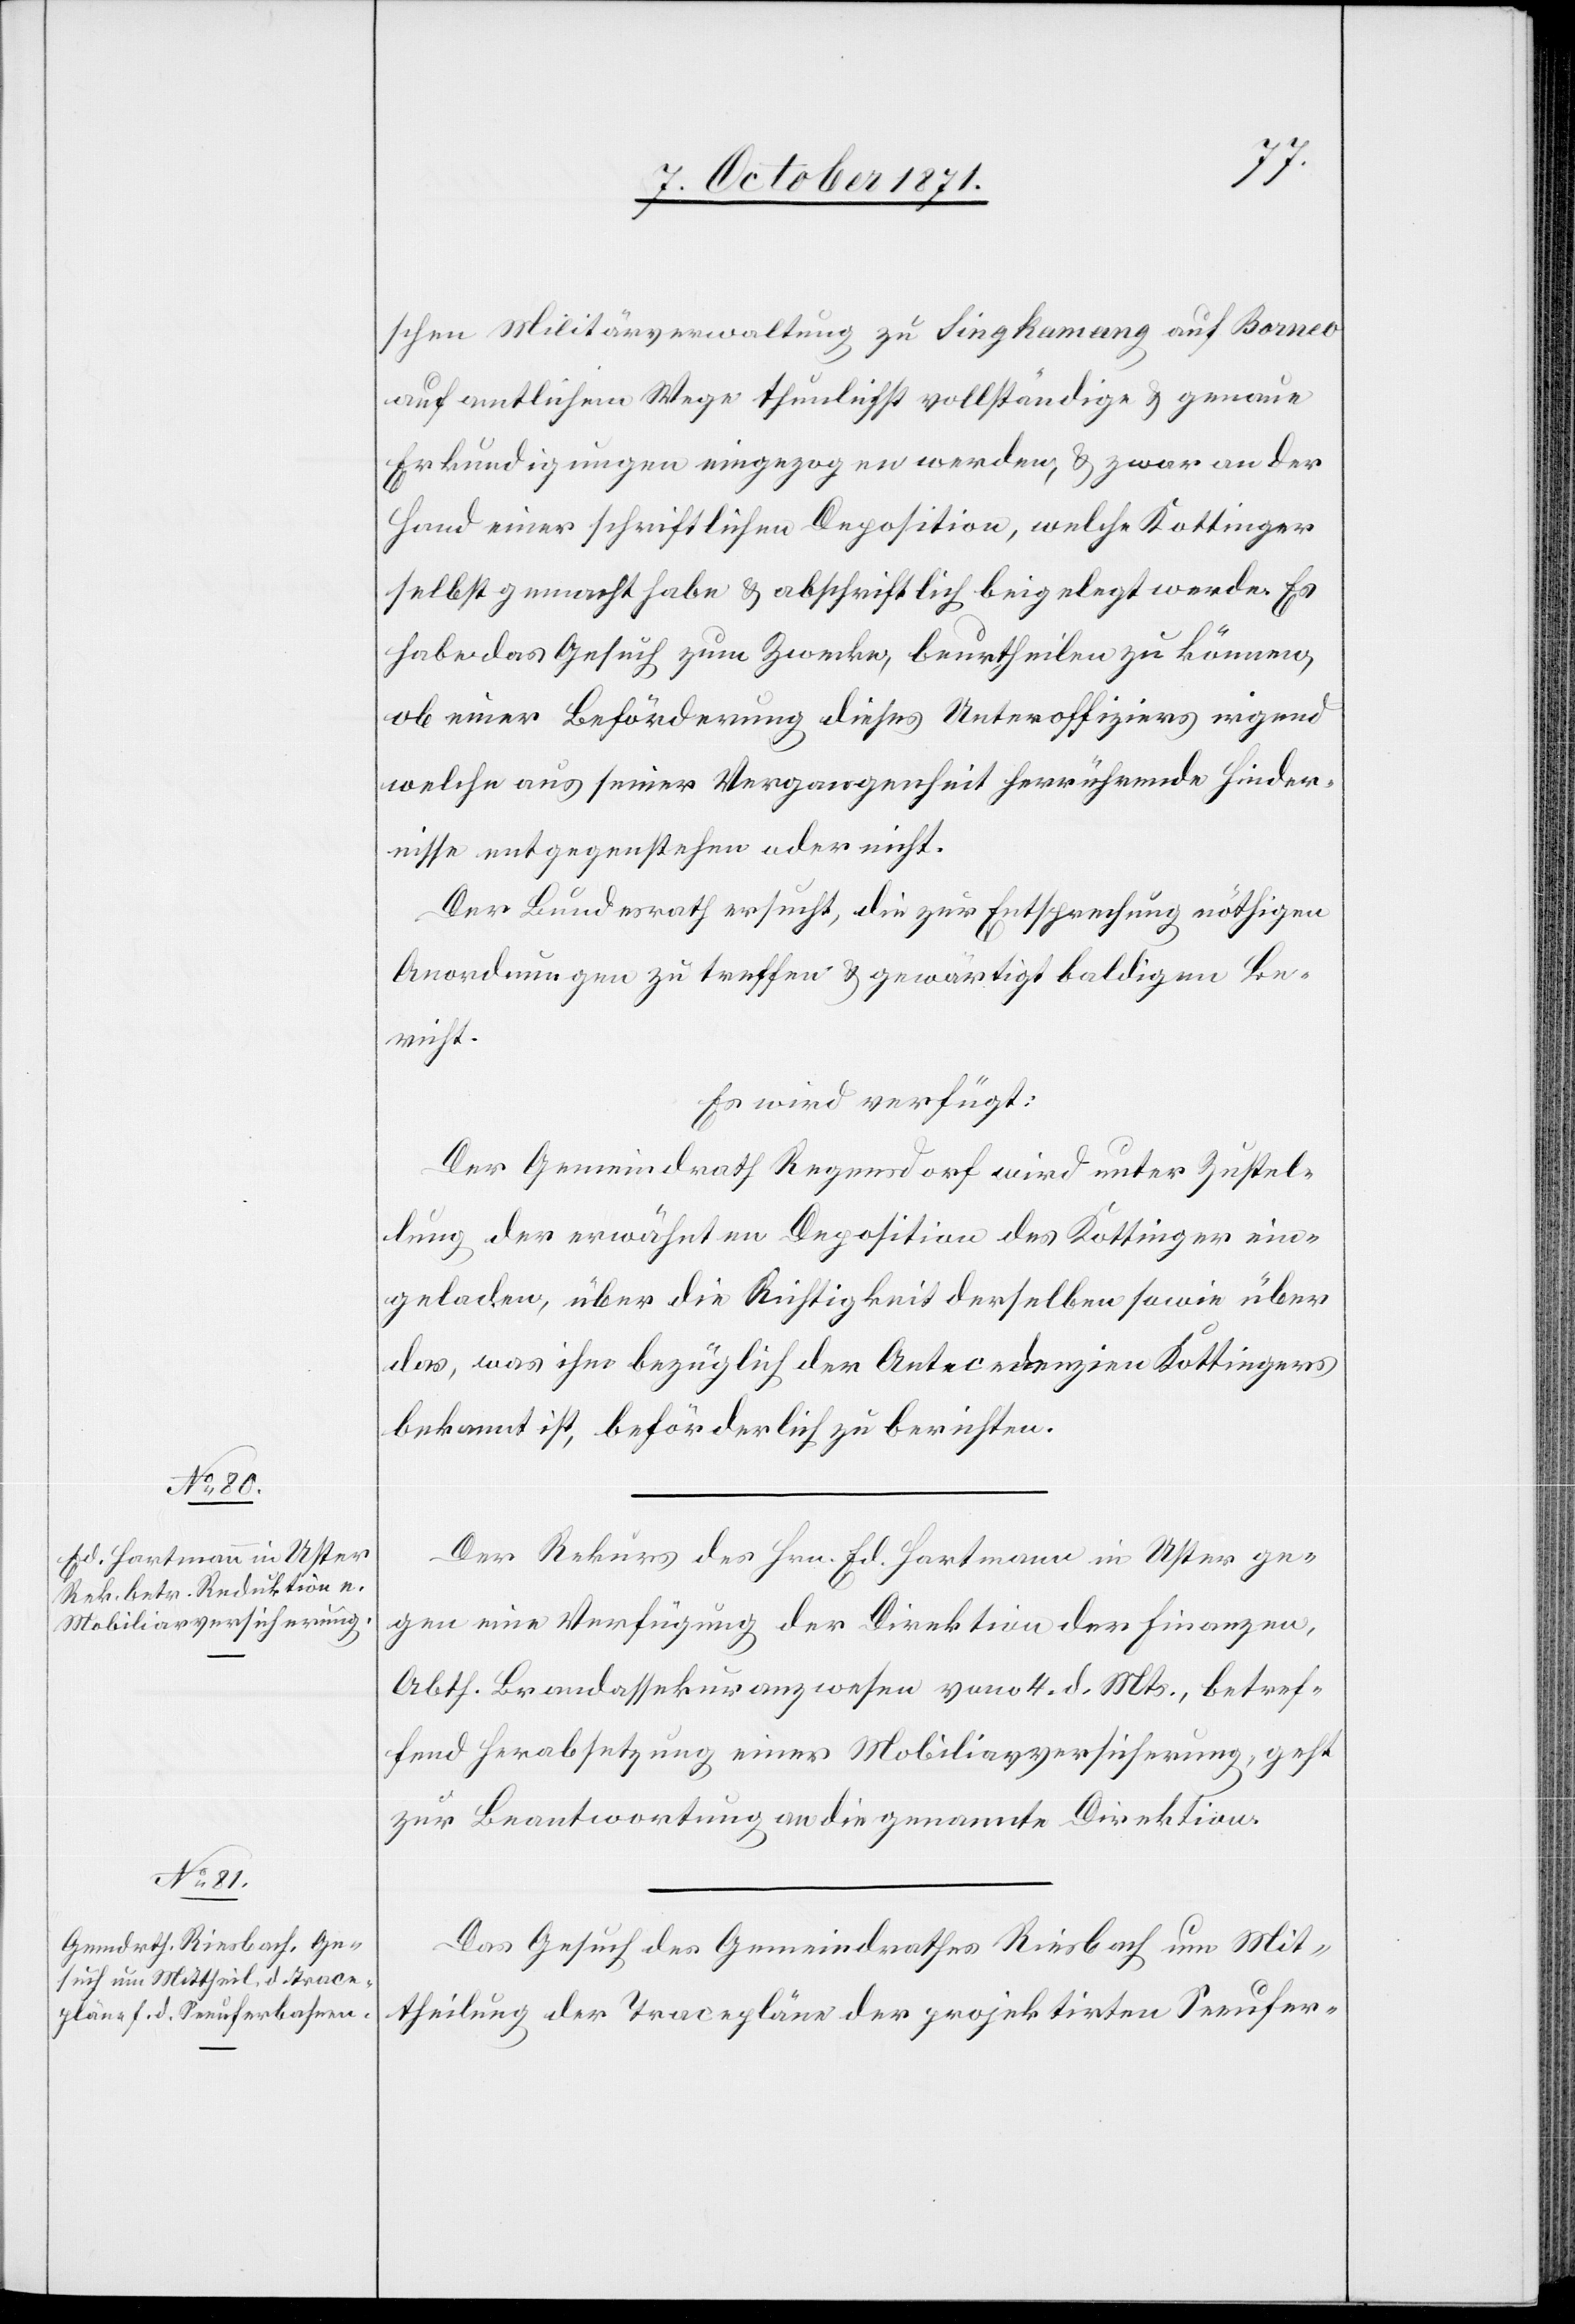
12. October 1871.]
schen Militärverwaltung zu Singamang auf Borneo
auf amtlichen Wege thunlichst vollständige & genaue
Erkundigungen eingezogen werden & zwar an der
Hand einer schriftlichen Deposition, welche Kottinger
selbst gemacht habe & abschriftlich beigelegt worden. Es
habe das Gesuch zum Zwecke, beurtheilen zu können,
ob einer Beförderung dieses Unteroffiziers irgend
welche aus seiner Vergangenheit herrührende Hinder¬
nisse entgegenstehen oder nicht.
Der Bundesrath ersucht, die zur Entsprechung nöthigen
Anordnungen zu treffen & gewärtigt baldigen Be¬
richt.
Es wird verfügt:
Der Gemeindrath Regensdorf wird unter Zustel¬
lung der erwähnten Deposition des Kottinger ein¬
geladen, über die Richtigkeit derselben sowie über
das, was ihr bezüglich der Antecedenzien Kottingers
bekannt ist, beförderlich zu berichten.
Der Rekurs des Hrn. Ed. Hartmann in Uster ge¬
gen eine Verfügung der Direktion der Finanzen,
Abth. Brandassekurenzwesen vom 4. d. Mts., betref¬
fend Herabsetzung einer Mobiliarversicherung, geht
zur Beantwortung an die genannte Direktion.
Das Gesuch des Gemeindrathes Riesbach um Mit¬
theilung der Tracepläne der projektirten Seeufer-